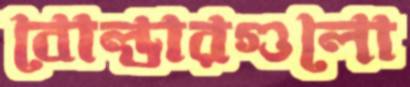
বোল্ডারগুলো